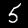
Digit: 5